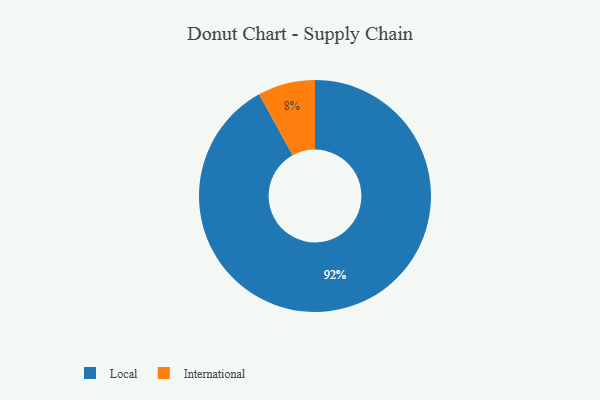
{"axis": {"x": "Category", "y": "Percentage"}, "legend": ["International", "Local"], "data": [{"x": "International", "y": 8, "type": "International"}, {"x": "Local", "y": 92, "type": "Local"}]}